Indian journal of veterinary science and animal husbandry - Volume 13,
Year: 1943
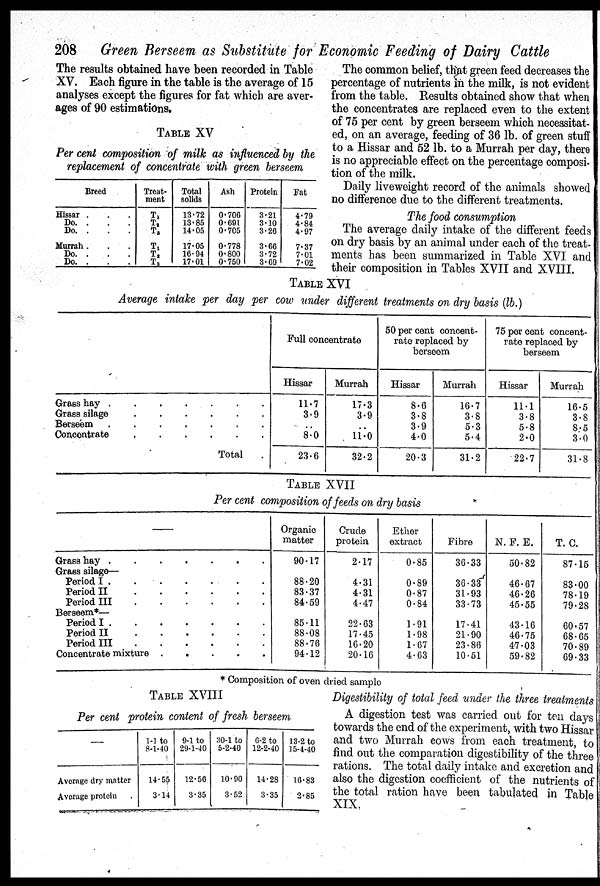
208 Green Berseem as Substitute for Economic Feeding of Dairy Cattle
The results obtained have been recorded in Table
XV. Each figure in the table is the average of 15
analyses except the figures for fat which are aver-
ages of 90 estimations.
TABLE XV
Per cent composition of milk as influenced by the
replacement of concentrate with green berseem
Breed
Hissar . . .
Do. . . .
Do. . . .
Murrah . . .
Do. . . .
Do. . . .
Treat-
ment
T 1
T 2
T 3
T 1
T 2
T 3
Total
solids
13.72
13.85
14.05
17.05
16.94
17.01
Ash
0.706
0.691
0.705
0.778
0.800
0.750
Protein
3.21
3.10
3.26
3.66
3.72
3.69
Fat
4.79
4.84
4.97
7.37
7.01
7.02
The common belief, that green feed decreases the
percentage of nutrients in the milk, is not evident
from the table. Results obtained show that when
the concentrates are replaced even to the extent
of 75 per cent by green berseem which necessitat-
ed, on an average, feeding of 36 lb. of green stuff
to a Hissar and 52 lb. to a Murrah per day, there
is no appreciable effect on the percentage composi-
tion of the milk.
Daily liveweight record of the animals showed
no difference due to the different treatments.
The food consumption
The average daily intake of the different feeds
on dry basis by an animal under each of the treat-
ments has been summarized in Table XVI and
their composition in Tables XVII and XVIII.
TABLE XVI
Average intake per day per cow under different treatments on dry basis (lb.)
Grass hay . . . . . . .
Grass silage . . . . . .
Berseem . . . . . .
Concentrate . . . . . .
Total .
Full concentrate
Hissar
11.7
3.9
..
8.0
23.6
Murrah
17.3
3.9
..
11.0
32.2
50 per cent concent-
rate replaced by
berseem
Hissar
8.6
3.8
3.9
4.0
20.3
Murrah
16.7
3.8
5.3
5.4
31.2
75 per cent concent-
rate replaced by
berseem
Hissar
11.1
3.8
5.8
2.0
22.7
Murrah
16.5
3.8
8.5
3.0
31.8
TABLE XVII
Per cent composition of feeds on dry basis
—
Grass hay
.
.
.
.
.
.
.
Grass silage
Period I . . . . . .
Period II . . . . . .
Period III . . . . . .
Berseem*—
Period I . . . . . .
Period II . . . . . .
Period III . . . . . .
Concentrate mixture . . . . .
Organic
matter
90.17
88.20
83.37
84.59
85.11
88.08
88.76
94.12
Crude
protein
2.17
4.31
4.31
4.47
22.63
17.45
16.20
20.16
Ether
extract
0.85
0.89
0.87
0.84
1.91
1.98
1.67
4.63
Fibre
36.33
36.33
31.93
33.73
17.41
21.90
23.86
10.51
N. F. E.
50.82
46.67
46.26
45.55
43.16
46.75
47.03
59.82
T. C.
87.15
83.00
78.19
79.28
60.57
68.65
70.89
69.33
* Composition of oven dried sample
TABLE XVIII
Per cent protein content of fresh berseem
—
Average dry matter
Average protein
1-1 to
8-1-40
14.55
3.14
9-1 to
29-1-40
12.56
3.35
30-1 to
5-2-40
10.90
3.52
6-2 to
12-2-40
14.28
3.35
13-2 to
15-4-40
16.83
2.85
Digestibility of total feed under the three treatmen
A digestion test was carried out for ten days
towards the end of the experiment, with two Hissar
and two Murrah cows from each treatment, to
find out the comparation digestibility of the three
rations. The total daily intake and excretion and
also the digestion coefficient of the nutrients of
the total ration have been tabulated in Table
XIX.